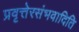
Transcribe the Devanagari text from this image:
प्रवृत्तेरसंभवादिति